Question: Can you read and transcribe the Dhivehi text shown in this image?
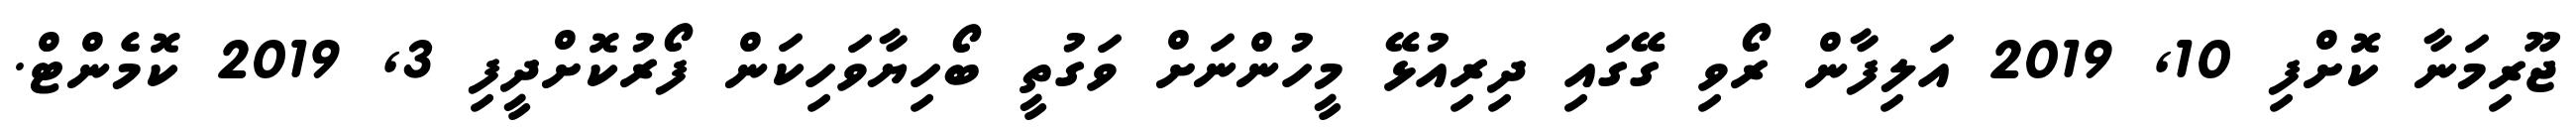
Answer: ޖޫރިމަނާ ކޮށްފި 10, 2019 އަލިފާން ރޯވި ގޭގައި ދިރިއުޅޭ މީހުންނަށް ވަގުތީ ބޯހިޔާވަހިކަން ފޯރުކޮށްދީފި 3, 2019 ކޮމެންޓް.